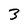
Character: 3